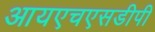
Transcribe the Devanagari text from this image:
आयएचएसडीपी